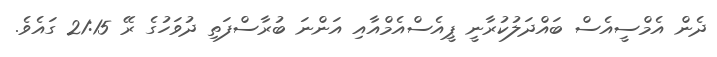
ދެން އެމްސީއެސް ބައްދަލުކުރާނީ ޕީއެސްއެމްއާއި އަންނަ ބުރާސްފަތި ދުވަހުގެ ރޭ 21:15 ގައެވެ.